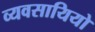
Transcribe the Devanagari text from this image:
व्यवसायियो